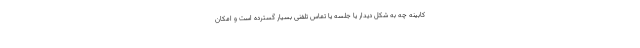
کابینه چه به شکل دیدار یا جلسه یا تماس تلفنی بسیار گسترده است و امکان